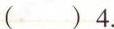
( )4.